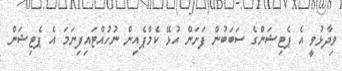
ވިދާޅުވީ އެ ޕެޓިޝަންގެ ސަބަބުން ފަށަން އުޅޭ ކެމްޕެއިން ނުހުއްޓައިފިނަމަ އެ ޕެޓިޝަން